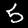
Digit: 5